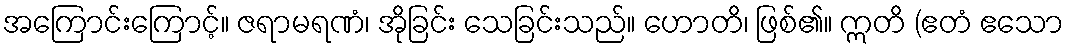
အကြောင်းကြောင့်။ ဇရာမရဏံ၊ အိုခြင်း သေခြင်းသည်။ ဟောတိ၊ ဖြစ်၏။ ဣတိ (ဧတံ ဧသော